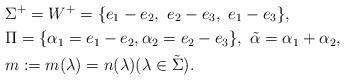
LaTeX: \begin{align*}&\Sigma^{+}=W^{+}=\{e_{1}-e_{2},\ e_{2}-e_{3},\ e_{1}-e_{3}\}, \\&\Pi=\{\alpha_{1}=e_{1}-e_{2}, \alpha_{2}=e_{2}-e_{3}\},\ \tilde{\alpha}=\alpha_{1}+\alpha_{2},\\&m:=m(\lambda )= n(\lambda ) (\lambda \in \tilde{\Sigma} ).\end{align*}